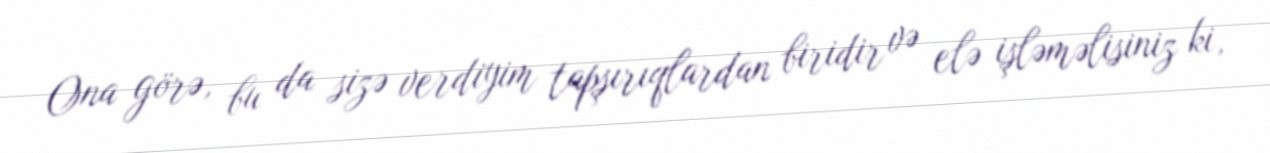
Ona görə, bu da sizə verdiyim tapşırıqlardan biridir və elə işləməlisiniz ki,